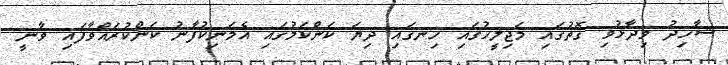
ޝާހިދު ވިދާޅުވި ގޮތުގައި މަޖިލީހުގައި ހިނގައި ދިޔަ ކަންކަމުގައި އެމަނިކުފާނު ކަންކުރައްވާފައި ވާނީ